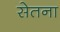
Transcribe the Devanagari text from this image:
सेतना